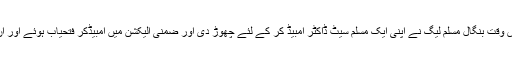
جب ڈاکٹر امبیڈکر 1946 کا الیکشن ہار گئے تو اس وقت بنگال مسلم لیگ نے اپنی ایک مسلم سیٹ ڈاکٹر امبیڈ کر کے لئے چھوڑ دی اور ضمنی الیکشن میں امبیڈکر فتحیاب ہوئے اور ان کو قانون ساز اسمبلی میں داخل ہونے کا موقع ملا۔